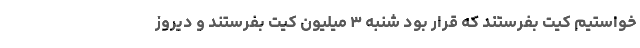
خواستیم کیت بفرستند که قرار بود شنبه ۳ میلیون کیت بفرستند و دیروز